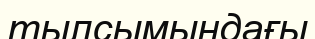
тылсымындағы